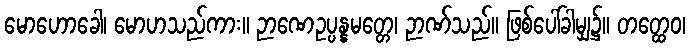
မောဟောခေါ၊ မောဟသည်ကား။ ဉာဏေဥပ္ပန္နမတ္တေ၊ ဉာဏ်သည်။ ဖြစ်ပေါ်ခါမျှ၌။ တတ္ထေဝ၊